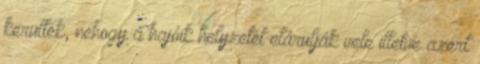
kerülték, nehogy a hajóik helyzetét elárulják vele illetve azért